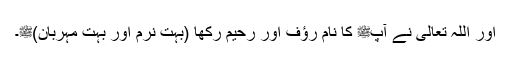
اور اللہ تعالیٰ نے آپﷺ کا نام رؤف اور رحیم رکھا (بہت نرم اور بہت مہربان)ﷺ۔